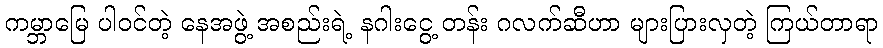
ကမ္ဘာမြေ ပါဝင်တဲ့ နေအဖွဲ့ အစည်းရဲ့ နဂါးငွေ့ တန်း ဂလက်ဆီဟာ များပြားလှတဲ့ ကြယ်တာရာ